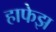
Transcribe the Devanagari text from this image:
हाफेझ